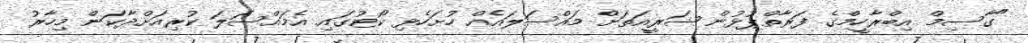
"ގާސިމް އިބްރާހީމްގެ ފަރާތްޕުޅުން ޝަރީއަތަށް މައްސަލައެއް ހުށަހެޅި ކޯޓުގައި އެމައްސަލަ ކުރިއަށްދާކަން މިހާރު